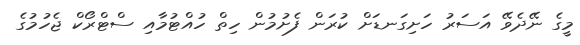
މީގެ ނޭދެވޭ އަސަރު ހަށިގަނޑަށް ކުރަން ފެށުމުން ހިތް ހުއްޓުމާއި ސްޓްރޯކް ޖެހުމުގެ